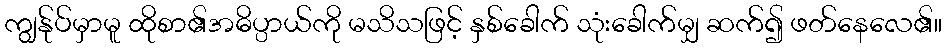
ကျွန်ုပ်မှာမူ ထိုစာ၏အဓိပ္ပာယ်ကို မသိသဖြင့် နှစ်ခေါက် သုံးခေါက်မျှ ဆက်၍ ဖတ်နေလေ၏။